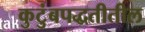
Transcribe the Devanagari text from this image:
कुटुंबपद्धतीतील